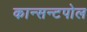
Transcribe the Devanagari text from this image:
कान्सन्टपोल